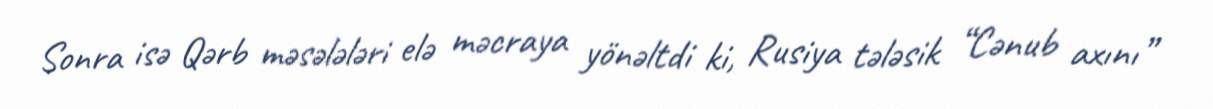
Sonra isə Qərb məsələləri elə məcraya yönəltdi ki, Rusiya tələsik “Cənub axını”